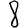
Digit: 8